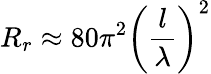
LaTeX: R_{r}\approx 80\pi^{2}\left({\frac{l}{\lambda}}\right)^{2}